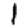
Digit: 1